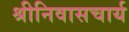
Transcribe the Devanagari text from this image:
श्रीनिवासचार्य